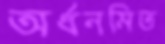
অর্ধনমিত